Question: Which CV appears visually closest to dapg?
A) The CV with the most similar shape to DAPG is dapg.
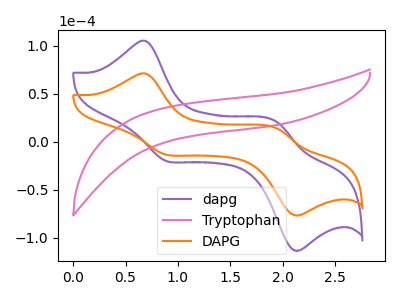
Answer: <think>The purple curve "dapg" has anodic peaks at (0.70V, 104.80uA) (1.95V, 21.10uA) and cathodic peaks at (0.90V, -19.90uA) (2.10V, -112.80uA). The pink curve "Tryptophan" has no peaks. The orange curve "DAPG" has anodic peaks at (0.70V, 70.85uA) (1.95V, 14.25uA) and cathodic peaks at (0.90V, -13.45uA) (2.10V, -76.25uA).
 "dapg" and "Tryptophan" have a different number of peaks. All the peaks in "dapg" have a peak in "DAPG" at the same potential. Every peak in "dapg" is higher than every peak in "DAPG". "Tryptophan" and "DAPG" have a different number of peaks.</think>
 <answer>A) The CV with the most similar shape to "DAPG" is "dapg".</answer>
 <eval>A</eval>